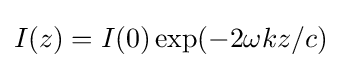
I(z)=I(0)\exp(-2\omega kz/c)